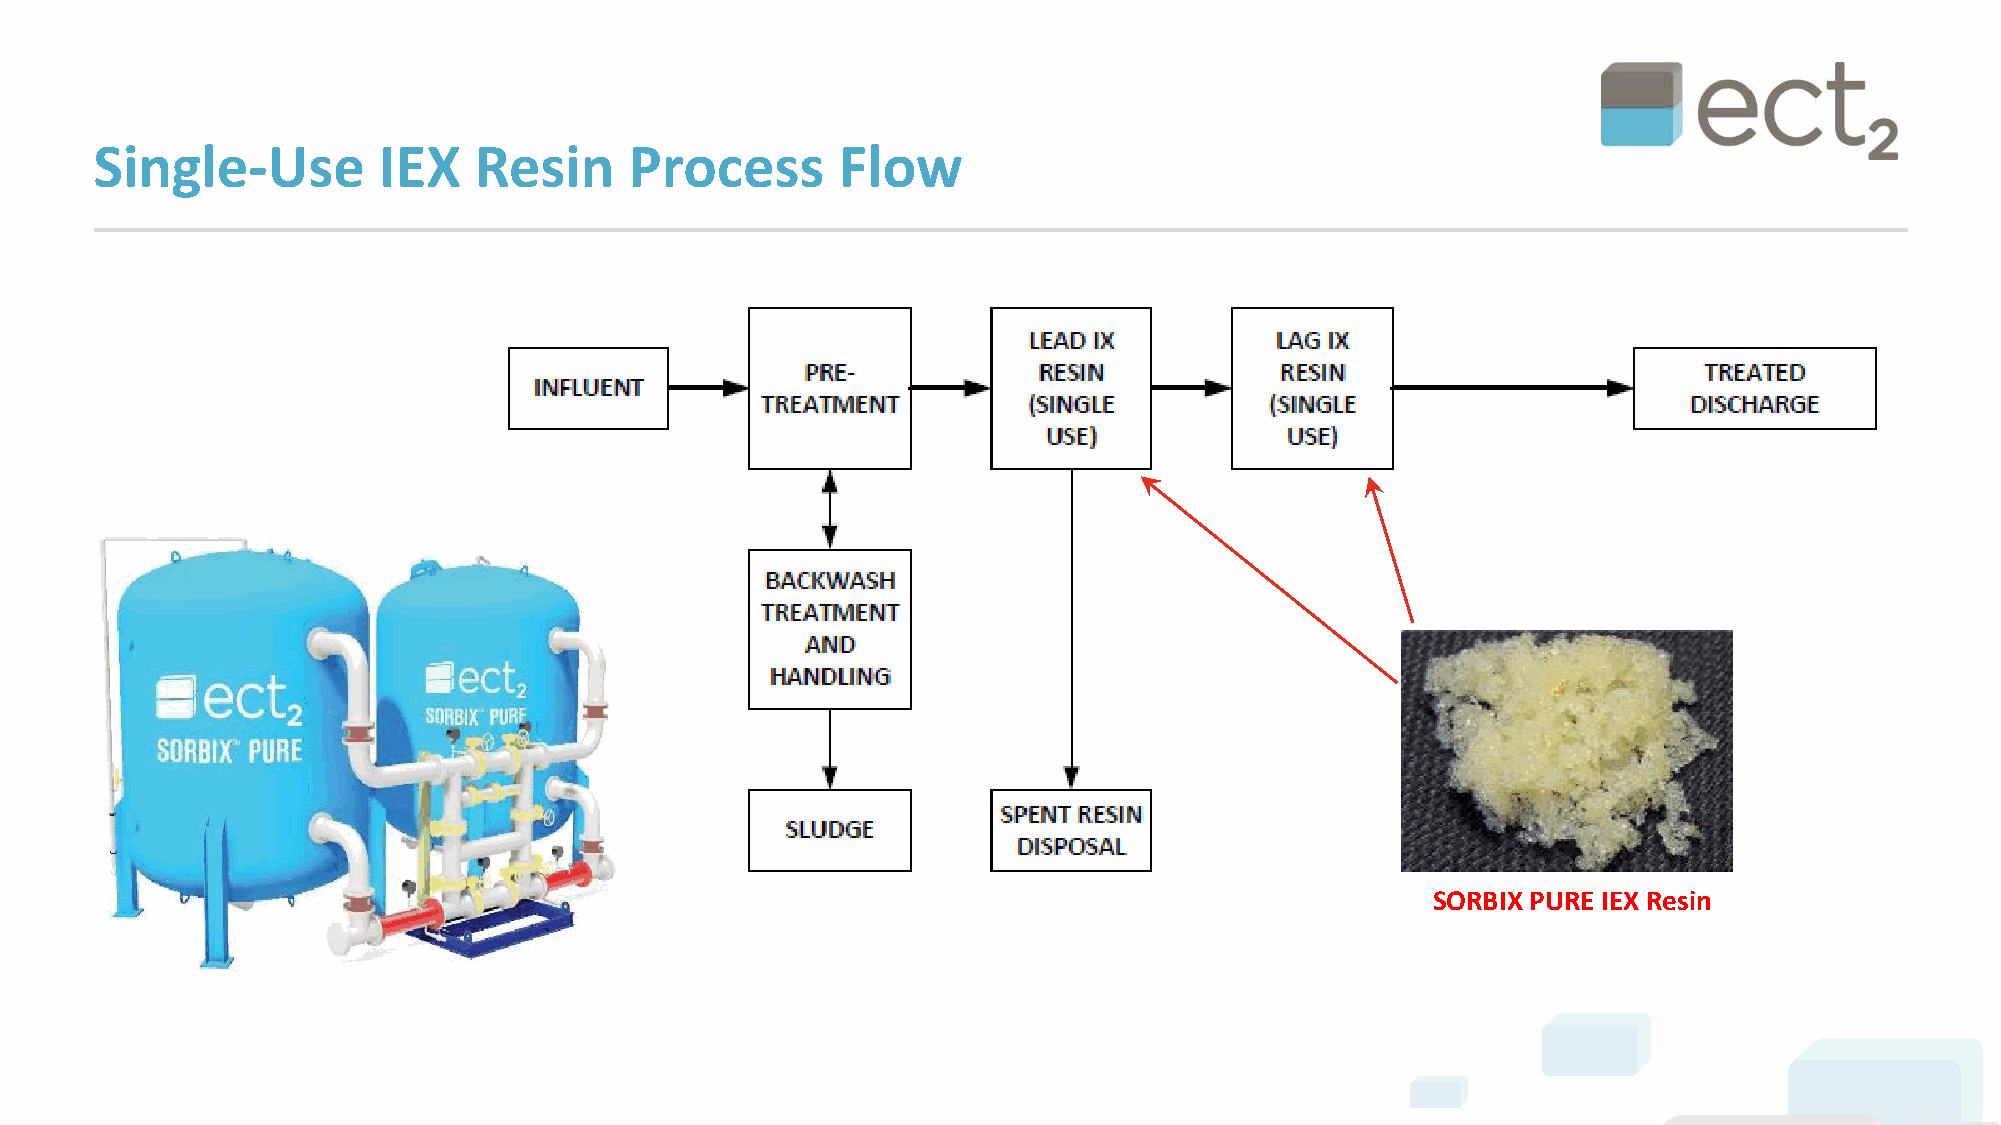
Single-Use         IEX   Resin      Process      Flow
 SORBIX PURE IEX Resin